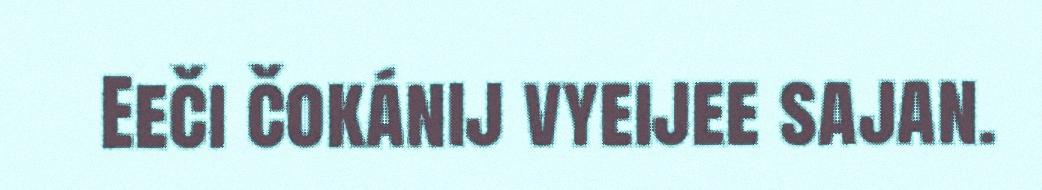
Eeči čokánij vyeijee sajan.